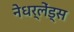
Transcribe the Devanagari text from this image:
नेधर्लेंड्स